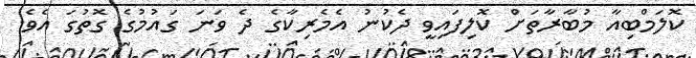
ކޮލަމްބިއާ މުބާރާތަށް ކޮލިފައިވީ ދެކުނު އެމެރިކާގެ ދެ ވަނަ ގައުމުގެ ގޮތުގަ އެވެ.